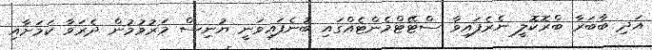
އަދި ބާބަރާ ބްރޮކޮލީ ނެރެފައިވާ ސްޓޭޓްމެންޓެއްގައި ބުނެފައިވަނީ ޔުނިސް މަރުވުމުން ދެރަވާ ކަމަށާއި